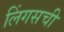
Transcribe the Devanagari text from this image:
लिंगसची